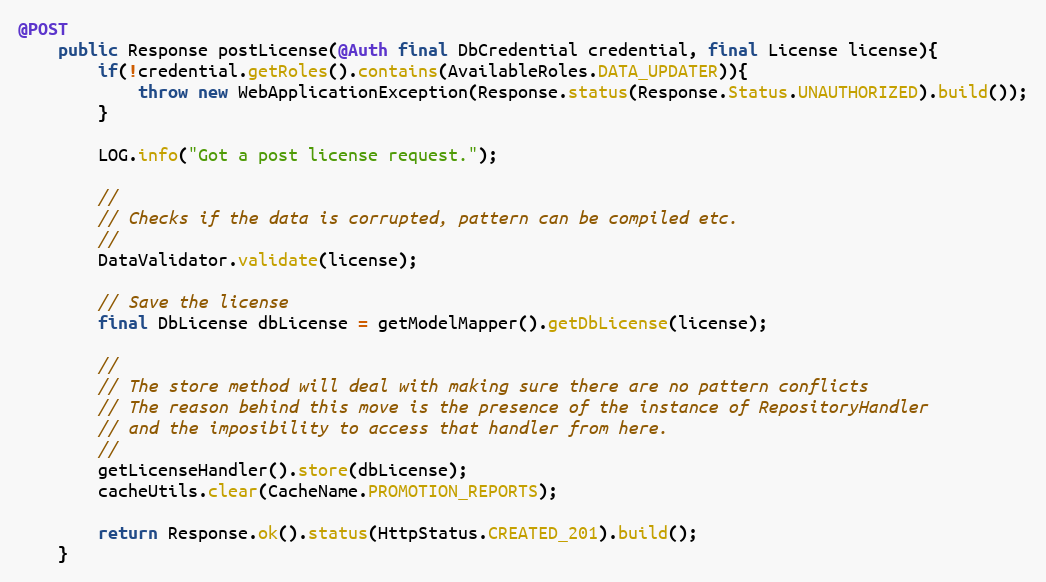
Language: Java
@POST
	public Response postLicense(@Auth final DbCredential credential, final License license){
        if(!credential.getRoles().contains(AvailableRoles.DATA_UPDATER)){
            throw new WebApplicationException(Response.status(Response.Status.UNAUTHORIZED).build());
        }

		LOG.info("Got a post license request.");

        //
        // Checks if the data is corrupted, pattern can be compiled etc.
        //
        DataValidator.validate(license);

        // Save the license
        final DbLicense dbLicense = getModelMapper().getDbLicense(license);

        //
        // The store method will deal with making sure there are no pattern conflicts
        // The reason behind this move is the presence of the instance of RepositoryHandler
        // and the imposibility to access that handler from here.
        //
        getLicenseHandler().store(dbLicense);
        cacheUtils.clear(CacheName.PROMOTION_REPORTS);

		return Response.ok().status(HttpStatus.CREATED_201).build();
	}